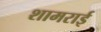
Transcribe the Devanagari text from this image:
शामराई